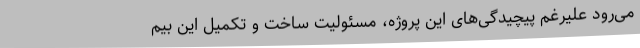
می‌رود علیرغم پیچیدگی‌های این پروژه، مسئولیت ساخت و تکمیل این بیم